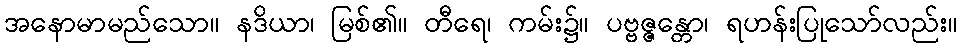
အနောမာမည်သော။ နဒိယာ၊ မြစ်၏။ တီရေ၊ ကမ်း၌။ ပဗ္ဗဇ္ဇန္တော၊ ရဟန်းပြုသော်လည်း။